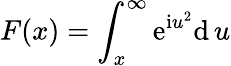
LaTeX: F(x)=\int_{x}^{\infty}\mathrm{e}^{\mathrm{i}u^{2}}\mathrm{d}\, u